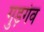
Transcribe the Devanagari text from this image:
गुड़गंव